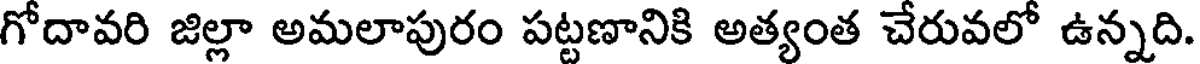
గోదావరి జిల్లా అమలాపురం పట్టణానికి అత్యంత చేరువలో ఉన్నది.